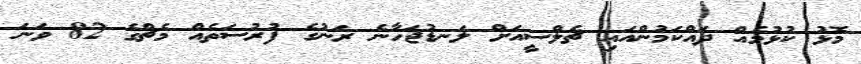
މޮޅު ކުޅުމެއް ދައްކަމުންއައި ޗެލްސީއަށް ލަނޑުޖަހާނެ ރަނުގެ ފުރުސަތެއް މެޗްގެ 82 ވަނަ